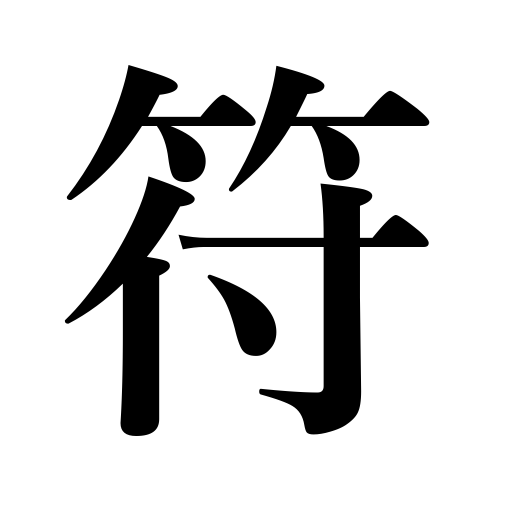
Meanings: charm,mark,sign,amulet,tally